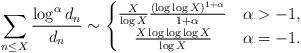
LaTeX: \begin{align*}\sum_{n\le X}\frac{\log^{\alpha}d_n}{d_n}\sim\begin{cases}\frac{X}{\log X}\frac{(\log\log X)^{1+\alpha}}{1+\alpha}&\alpha>-1,\\\quad\frac{X\log\log\log X}{\log X}&\alpha=-1.\end{cases}\end{align*}